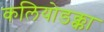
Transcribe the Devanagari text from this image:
कलियोडक्का